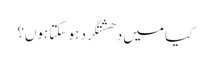
کیا میں دھشتگرد ہو سکتا ہوں؟